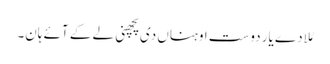
مُلا دے یار دوست اوہناں دی پچھنی لے کے آئے ہان۔